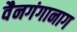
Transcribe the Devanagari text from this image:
वैनगंगानाग